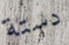
دستة